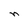
Character: n